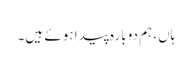
ہاں، ہم دوبارہ پیدا ہوئے ہیں۔